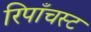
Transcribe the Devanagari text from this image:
रिपाँचस्ट